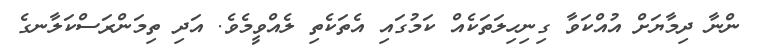
ންނާ ދިމާޔަށް އުއްކަވާ ގިނިހިލަތަކެއް ކަމުގައި އެތަކެތި ލެއްވީމެވެ. އަދި ތިމަންރަސްކަލާނގެ